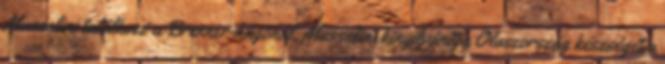
Mussolini találkozó a Brenner-hágónál. Mussolini kinyilvánítja Olaszország készségét a